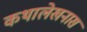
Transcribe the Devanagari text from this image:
कथालेखनास